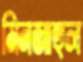
মিনজাহুল